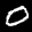
Label: 0